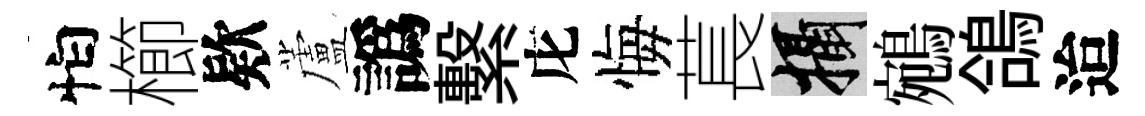
怕櫛欵蘆譌繫庀悔萇攝鵷鴿迨